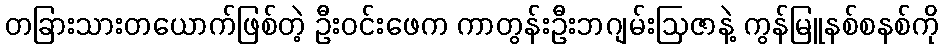
တခြားသားတယောက်ဖြစ်တဲ့ ဦးဝင်းဖေက ကာတွန်းဦးဘဂျမ်းဩဇာနဲ့ ကွန်မြူနစ်စနစ်ကို